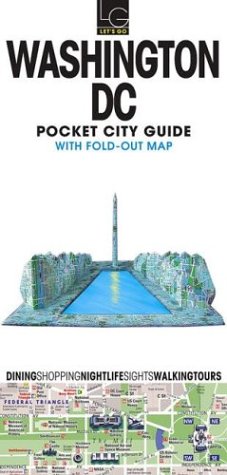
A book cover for Let's Go Pocket City Guide Washington, D.C., 1st Ed.; Let's Go Inc.; Travel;